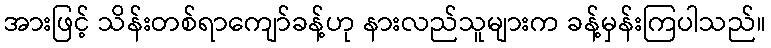
အားဖြင့် သိန်းတစ်ရာကျော်ခန့်ဟု နားလည်သူများက ခန့်မှန်းကြပါသည်။